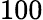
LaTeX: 100